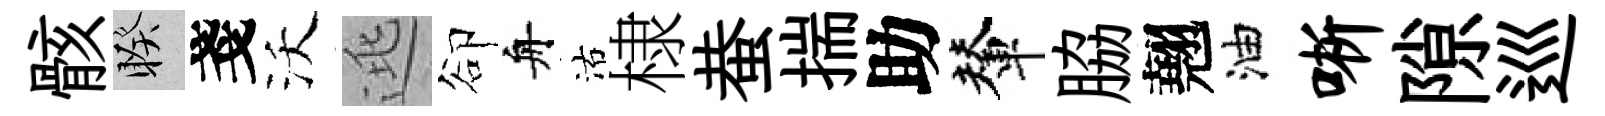
骸睽戔沃逃卻舟沽棣蛬揣助輦脇翹油晰隙巡